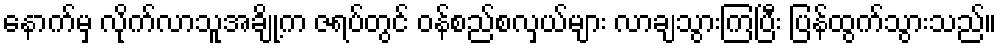
နောက်မှ လိုက်လာသူအချို့က ဇရပ်တွင် ဝန်စည်စလှယ်များ လာချသွားကြပြီး ပြန်ထွက်သွားသည်။